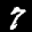
Label: 7